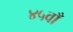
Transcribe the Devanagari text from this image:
४५वाँ